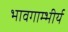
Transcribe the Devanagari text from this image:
भावगाम्भीर्य